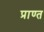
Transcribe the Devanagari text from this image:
प्राण्त